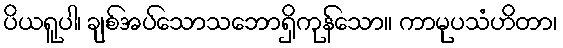
ပိယရူပါ၊ ချစ်အပ်သောသဘောရှိကုန်သော။ ကာမုပသံဟိတာ၊